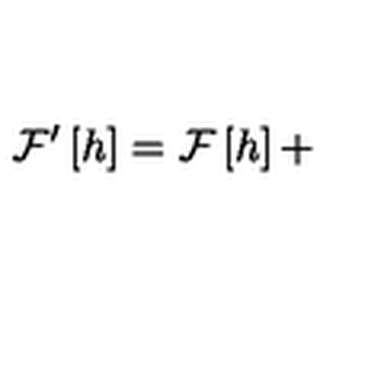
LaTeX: { \cal F } ^ { \prime } \left[ h \right] = { \cal F } \left[ h \right] +